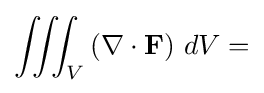
\iiint _{V}\left(\mathbf {\nabla } \cdot \mathbf {F} \right)\,dV=